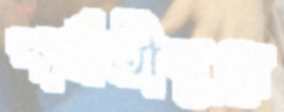
পার্বতীপুরে